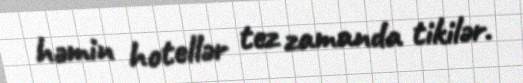
həmin hotellər tez zamanda tikilər.